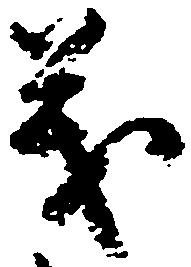
義